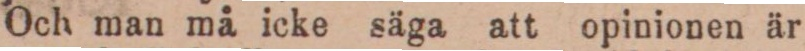
Och man må icke säga att opinionen är